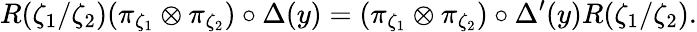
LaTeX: R(\zeta_{1}/\zeta_{2})(\pi_{\zeta_{1}}\otimes\pi_{\zeta_{2}})\circ\Delta(y)=(\pi_{\zeta_{1}}\otimes\pi_{\zeta_{2}})\circ\Delta^{\prime}(y)R(\zeta_{1}/\zeta_{2}).